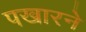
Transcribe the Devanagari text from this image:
पखारने